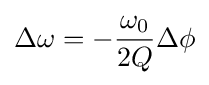
\Delta \omega =-{\omega _{0} \over 2Q}\Delta \phi